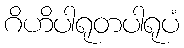
ဂိဟိပါရုတပါရုပံ